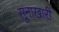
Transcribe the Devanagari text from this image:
सूनाखारी